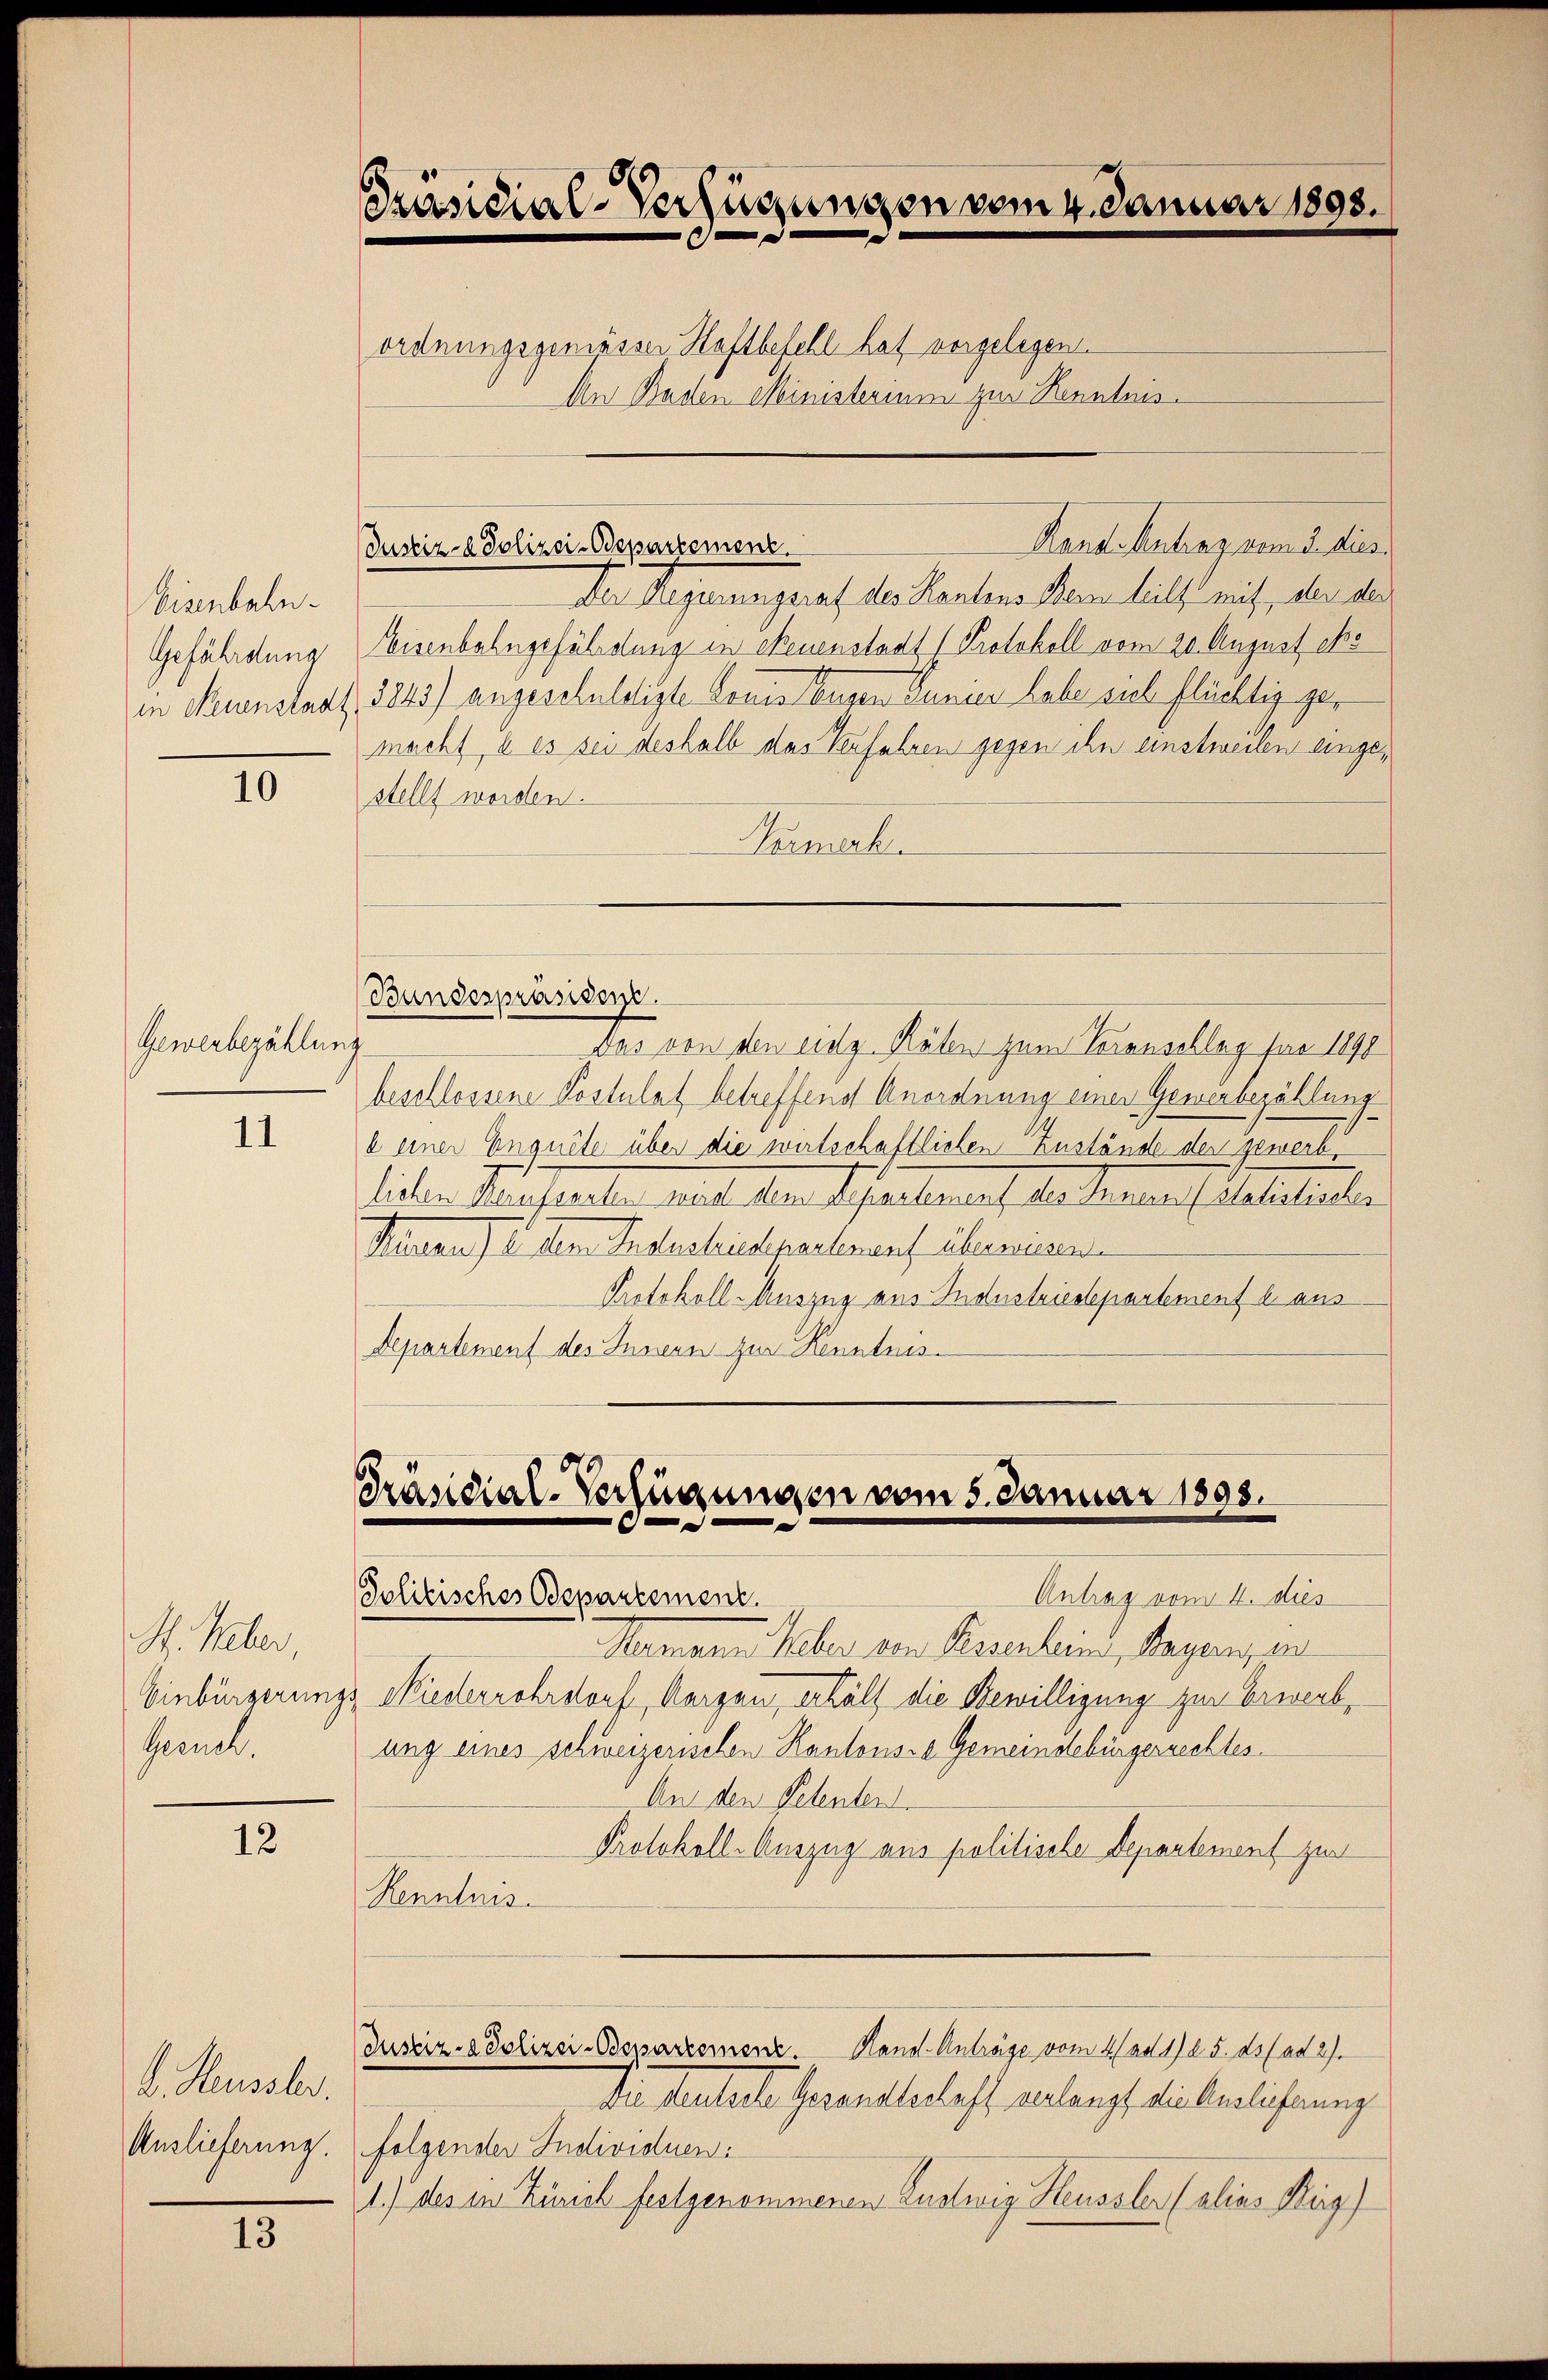
Eisenbahn.

10

Gewerbezählung

11

H. Feber
Geruch.

12

Der Regierungsrat des Kantons Dein teilt mit, der des
Gefährdung Weisenbahngefährdung in ebenenstadt (Protokoll vom 20. August es
in Neuenstaat, 1843) angesehnlosigte Louis lausen Junies habe sich flüchtig gemacht, u es sei deshalb das Verfahren gegen ihn einstweilen eingestellt worden.
Normerk.
Bundespräsiden.
Das von den Lieg. Räten zum Voranschlag für 1890
beschlossene Postulat betreffend Anordnung einer Gewerbezählung
e einer Enguete über die wirtschaftlichen Zustände der gewerb
lichen Kaufersten nicht dem Departement der Traun (solidischer
Penten) u. dem Tauschickpartement überausen
Protokoll-Auszug aus Industriessepartement e. aus
Departement des Innern zur Kenntnis¬

b. Heussler.

13

Präsidial-Verfügungen vom 4. Januar 1893.
ordnungsgemässer Haftbefehl hat vorgelegen.
An Baden Ministerium zur Kenntnis.

Justiz- & Polizei-Odepartement.

Präsidial-Verfügungen vom 5. Januar 1893.
e
Antrag vom 4. dies
Politisches Departement.

Marmeen Heber von Basenheim, Raganz in
Einbürgerungs Wiederrohrstorf, Aargau, erhält die Bewilligung zur Erwerbung eines schweizerischen Kantonsre Gemeindebürgerrechtes.
An den Petenten
Protokoll-Auszug aus politische Departement zur
Kenntnis
Justiz- & Polizei-Departemen. Handl. Anträge vom 4. ad 1. d. 5. ds. ad 27.
Die deutsche Gesandtschaft verlangt die Auslieferung
Auslieferung. Folgender Individuen:
1.) des in Zürich festgenommenen Zustwig Heussler (alias Kirg)

Aand. Antrag vom 3. dies